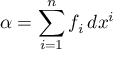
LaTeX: \alpha = \sum _ { i = 1 } ^ { n } f _ { i } \, d x ^ { i }